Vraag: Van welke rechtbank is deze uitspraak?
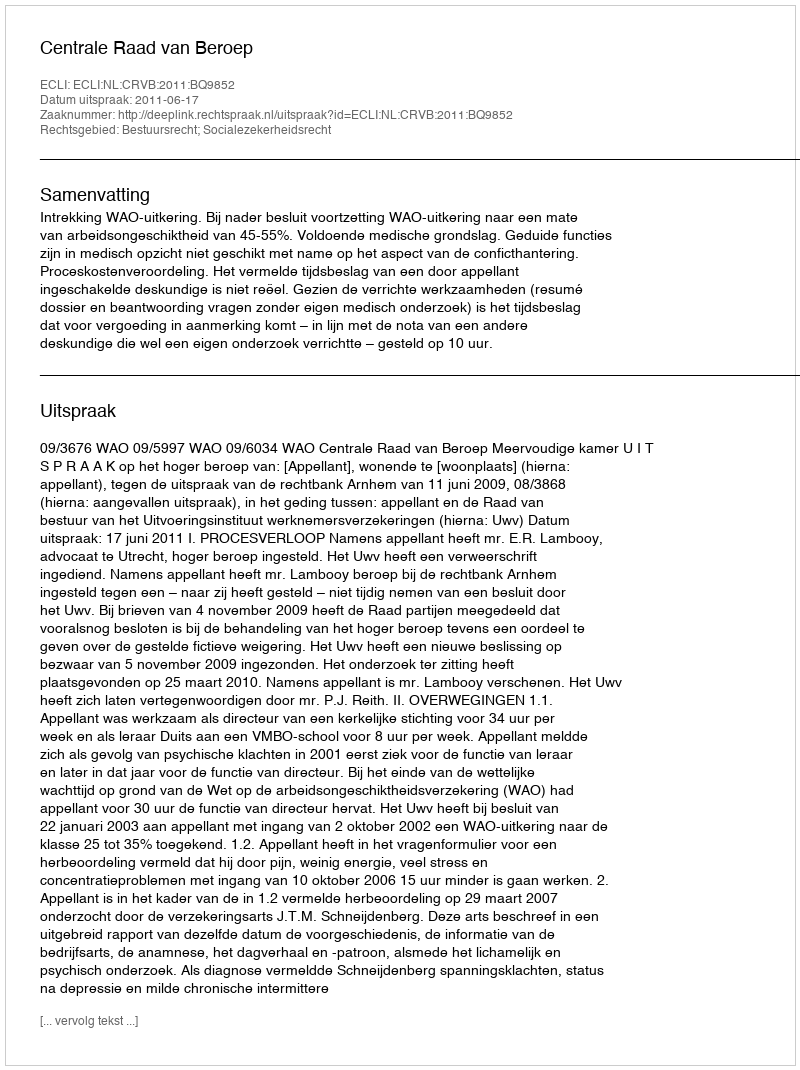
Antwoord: Centrale Raad van Beroep